Report on the lunatic asylums under the Government of Bombay - 1904-1913
Year: 1904
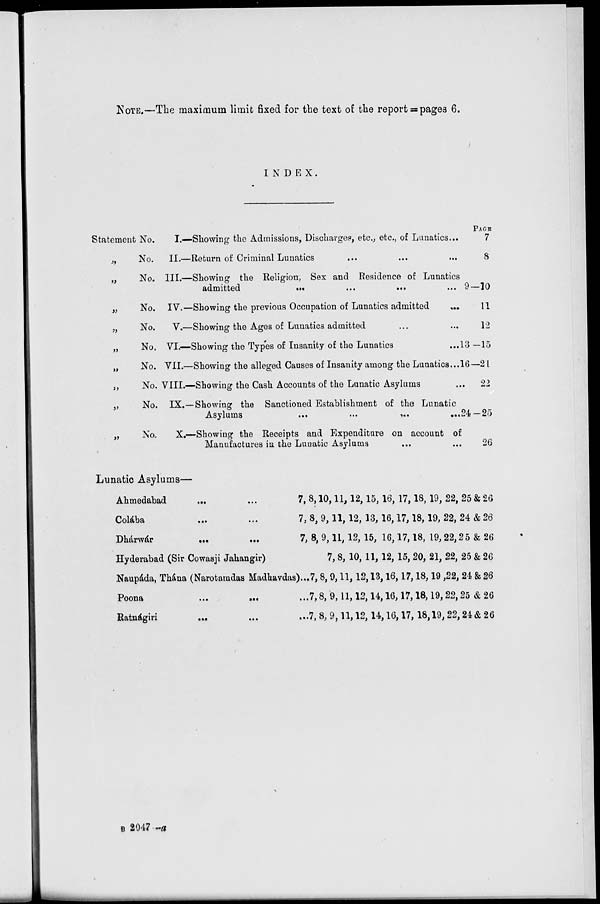
NOTE.—The maximum limit fixed for the text of the report = pages 6.
INDEX.
Statement No.
I.—
„ No. II.—
„ No. III.—
„
No. IV.—
„ No. V.—
„ No. VI.—
„ No. VII.—
„ No. VIII.—
„ No. IX.—
„ No. X.—
Showing the Admissions, Discharges, etc., etc., of Lunatics ...
Return of Criminal Lunatics ... ... ...
Showing the Religion, Sex and Residence of Lunatics
admitted
...
...
...
Showing the previous Occupation of Lunatics admitted
...
Showing the Ages of Lunatics admitted ... ...
Showing the Types of Insanity of the Lunatics ...
Showing the alleged Causes of Insanity among the Lunatics ...
Showing the Cash Accounts of the Lunatic Asylums ...
Showing the Sanctioned Establishment of the Lunatic
Asylums
...
...
...
...
Showing the Receipts and Expenditure on account of
Manufactures in the Lunatic Asylums ... ...
PAGE
7
8
9-10
11
12
13-15
16—21
22
24-25
26
Lunatic Asylums—
Ahmedabad ... ...
Colába
...
...
Dhárwár
...
...
Hyderabad (Sir Cowasji Jahangir)
Naupáda, Thána (Narotamdas Madhavdas ...
Poona
...
...
...
Ratnágiri ... ... ...
7, 8,10,11,12,15, 16, 17,18, 19, 22, 25 & 26
7, 8, 9,11,12, 13, 16,17,18,19, 22, 24 & 26
7, 8, 9,11,12, 15, 16,17,18, 19, 22,25 & 26
7, 8, 10, 11, 12, 15, 20, 21, 22, 25 & 26
7, 8, 9,11,12,13,16,17,18,19,22, 24 & 26
7,8, 9,11,12,14,16,17,18,19,22,25 & 26
7, 8, 9,11,12,14,16,17, 18,19,22,24 & 26
B 2047 -a